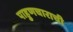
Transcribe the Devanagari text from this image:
पाहुणचाराची